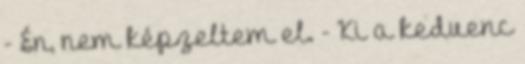
- Én, nem képzeltem el. - Ki a kedvenc